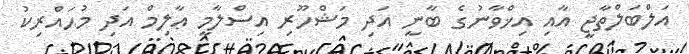
އަލްބަލްތާޖީ އާއި އިޚްވާނުގެ ބާނީ އަދި މަޝްހޫރި އިސްލާމީ ޢާލިމް އަދި މުޙައްރިކު